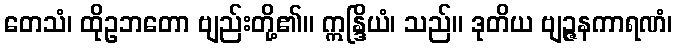
တေသံ၊ ထိုဥဘတော ဗျည်းတို့၏။ ဣန္ဒြိယံ၊ သည်။ ဒုတိယ ဗျဉ္ဇနကာရဏံ၊